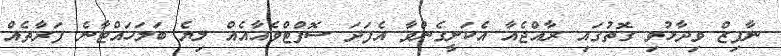
ނާފިޒް ވިދާޅުވި ގޮތުގައި ރާއްޖެއާ އެކަށީގެންވާ އެފަދަ ސޮފްޓްވެއާއެއް ލިޔެ ބަލަހައްޓާނެ ފަރާތެއް